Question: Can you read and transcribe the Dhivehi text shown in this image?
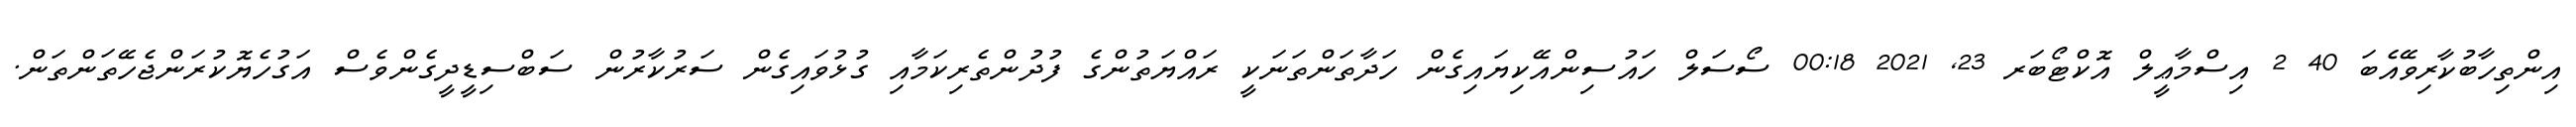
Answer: އިންތިހާބުކާރިވޭއެބަ 40 2 އިސްމާޢީލް އޮކްޓޯބަރ 23, 2021 00:18 ސޯސަލް ހައުސިންއޭކިޔައިގެން ހަދާތަންތަނަކީ ރައްޔަތުންގެ ފުދުންތެރިކަމާއި ގުޅުވައިގެން ސަރުކާރުން ސަބްސިޑީދީގެންވެސް އަގުހެޔޮކުރަންޖެހޭތަންތަން.